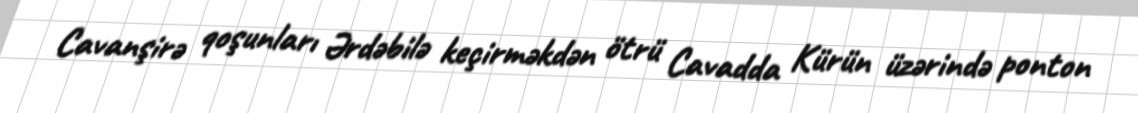
Cavanşirə qoşunları Ərdəbilə keçirməkdən ötrü Cavadda Kürün üzərində ponton